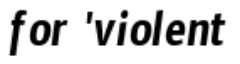
for 'violent